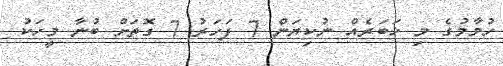
ހުމާމުގެ މި ޚަބަރެއް ނުކިޔަން 7 ފަހަރު 7 ގޮތަށް ބުނާ މީހަކު